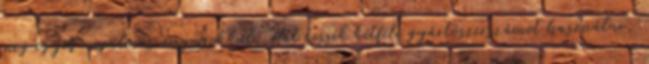
meg egyéb rugalmas anyagokkal. Hát tessék kétféle gyártószerszámot használni,